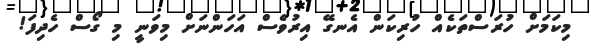
މިކަމަށް ހުރަސްތަކެއް ހުރިކަން އެނގޭ އިރުވެސް އަހަންނަށް މިވަނީ މި ގޯސް ހެދިފަ!